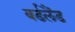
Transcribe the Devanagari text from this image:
बर्डलैंड